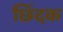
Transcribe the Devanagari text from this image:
छिंदक